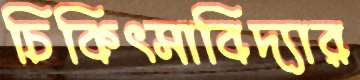
চিকিৎসাবিদ্যার